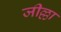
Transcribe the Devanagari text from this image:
जील्ला